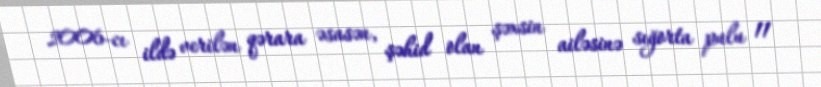
2006-cı ildə verilən qərara əsasən, şəhid olan şəxsin ailəsinə sığorta pulu 11